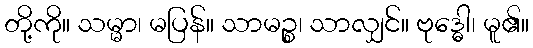
တို့ကို။ သမ္မာ၊ မပြန်။ သာမဉ္စ၊ သာလျှင်။ ဗုဒ္ဓေါ၊ မူ၏။